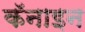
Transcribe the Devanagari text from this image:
कॅनाइन